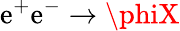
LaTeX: \mathrm{e}^{+}\mathrm{e}^{-}\to\phiX